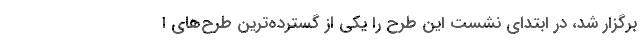
برگزار شد، در ابتدای نشست این طرح را یکی از گسترده‌ترین طرح‌های ا